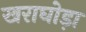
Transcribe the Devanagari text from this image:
खराघोड़ा